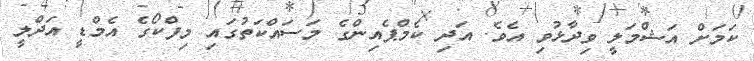
ކަމަށް އަޝްމަލީ ވިދާޅުވި އެވެ. އަދި ކެމްޕެއިންގެ މަސައްކަތުގައި މިފްކޯގެ އެމްޑީ އަދްލީ